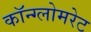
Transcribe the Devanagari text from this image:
कॉन्ग्लोमरेट